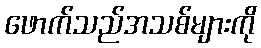
ဖောက်သည်အသစ်များကို